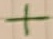
Text: +